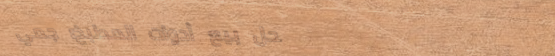
محل بيع أدوات المطبخ: جمي